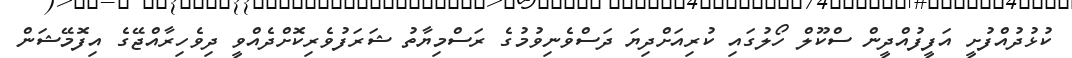
ކުޅުދުއްފުށީ އަފީފުއްދީން ސްކޫލް ހޯލުގައި ކުރިއަށްދިޔަ ދަސްވެނިވުމުގެ ރަސްމިޔާތު ޝަރަފުވެރިކޮށްދެއްވީ ދިވެހިރާއްޖޭގެ އިފޮމޭޝަން